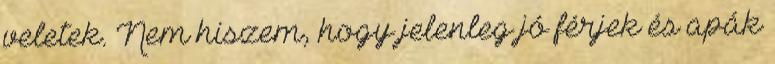
veletek. Nem hiszem, hogy jelenleg jó férjek és apák